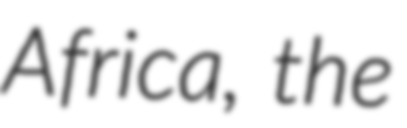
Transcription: Africa, the